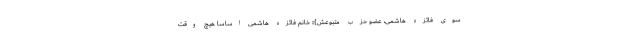
سوی فائزه هاشمی، عضو حزب متبوعش}:: خانم فائزه هاشمی اساسا هیچ وقت